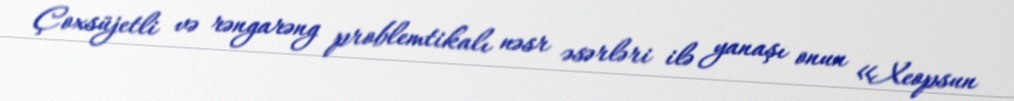
Çoxsüjetli və rəngarəng problemtikalı nəsr əsərləri ilə yanaşı onun «Xeopsun